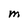
Character: M